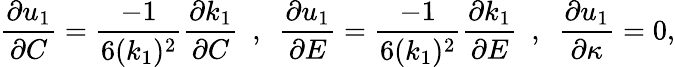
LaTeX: \frac{\partial u_{1}}{\partial C}=\frac{-1}{6(k_{1})^{2}}\frac{\partial k_{1}}{\partial C}~~,~~\frac{\partial u_{1}}{\partial E}=\frac{-1}{6(k_{1})^{2}}\frac{\partial k_{1}}{\partial E}~~,~~\frac{\partial u_{1}}{\partial\kappa}=0,